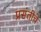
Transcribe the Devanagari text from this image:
प्रसंतीचे